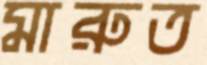
মারুত